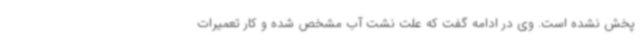
پخش نشده است. وی در ادامه گفت که علت نشت آب مشخص شده و کار تعمیرات